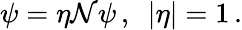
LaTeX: \psi=\eta\mathcal{N}\psi\, ,\ \ |\eta|=1\, .